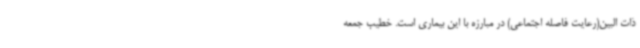
ذات البین(رعایت فاصله اجتماعی) در مبارزه با این بیماری است. خطیب جمعه